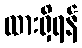
ထားရှိရန်